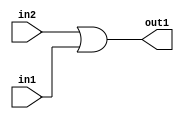
`timescale 1ps / 1ps
/*****************************************************************************
    Verilog RTL Description
    
    
    Created by: Stratus DpOpt 2019.1.01 
*******************************************************************************/

module feature_write_addr_gen_Or_1Ux1U_1U_4 (
	in2,
	in1,
	out1
	); /* architecture "behavioural" */ 
input  in2,
	in1;
output  out1;
wire  asc001;

assign asc001 = 
	(in2)
	|(in1);

assign out1 = asc001;
endmodule

/* CADENCE  urf2SA4= : u9/ySgnWtBlWxVPRXgAZ4Og= ** DO NOT EDIT THIS LINE ******/